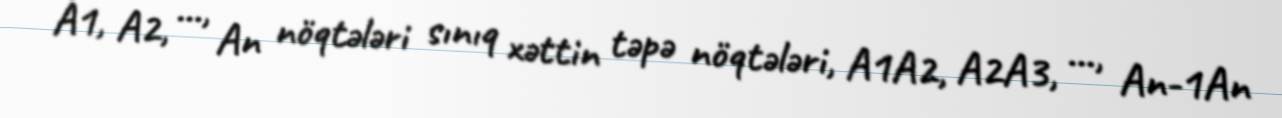
A1, A2, ..., An nöqtələri sınıq xəttin təpə nöqtələri, A1A2, A2A3, ..., An-1An